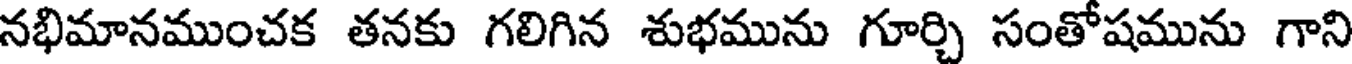
నభిమానముంచక తనకు గలిగిన శుభమును గూర్చి సంతోషమును గాని